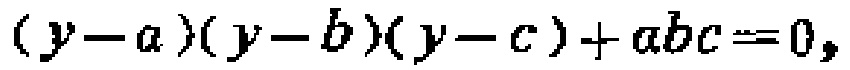
\((y - a)(y - b)(y - c)+abc = 0\)